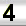
Digit: 3